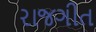
રાજગીત